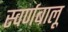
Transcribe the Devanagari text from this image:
स्वर्णबालू